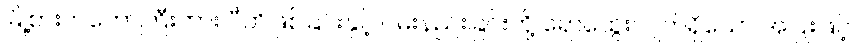
မြို့စားကတော်ကြီးကား ပီတိဖြစ်ခြင်းနှင့် ဝမ်းနည်းခြင်းတို့ ရောထွေးလျက်ရှိသော အပြုံးဖြင့်